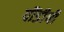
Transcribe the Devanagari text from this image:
पींडीची